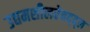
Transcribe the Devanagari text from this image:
उद्यमशीलतेबद्द्ल